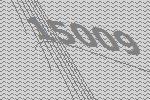
15009